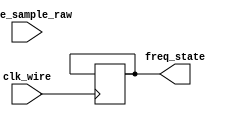
`timescale 1ns / 1ps
//////////////////////////////////////////////////////////////////////////////////
// Company: 
// Engineer: 
// 
// Design Name: 
// Module Name: freq_state
// Project Name: 
// Target Devices: 
// Tool Versions: 
// Description: 
// 
// Dependencies: 
// 
// Revision:
// Revision 0.01 - File Created
// Additional Comments:
// 
//////////////////////////////////////////////////////////////////////////////////


module freq_state(input clk_wire, wave_sample_raw, output freq_state);
    reg state = 0;

    always @ (posedge clk_wire) begin
        state <= (wave_sample_raw == 2048 ? ~state : state);
    
    end

    assign freq_state = state;

endmodule